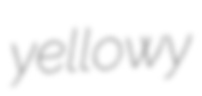
yellowy